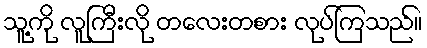
သူ့ကို လူကြီးလို တလေးတစား လုပ်ကြသည်။